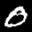
Label: 0